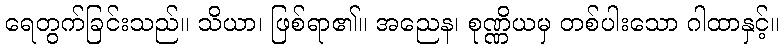
ရေတွက်ခြင်းသည်။ သိယာ၊ ဖြစ်ရာ၏။ အညေန၊ စုဏ္ဏိယမှ တစ်ပါးသော ဂါထာနှင့်။